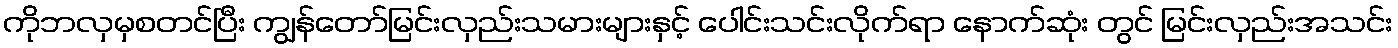
ကိုဘလှမှစတင်ပြီး ကျွန်တော်မြင်းလှည်းသမားများနှင့် ပေါင်းသင်းလိုက်ရာ နောက်ဆုံး တွင် မြင်းလှည်းအသင်း